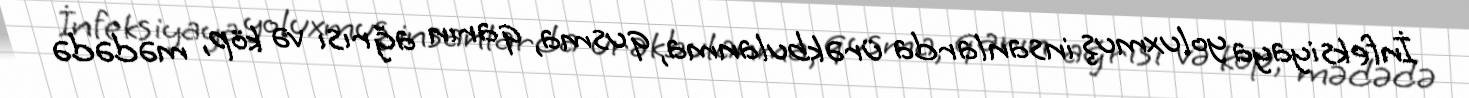
İnfeksiyaya yoluxmuş insanlarda ürəkbulanma, qusma, qarın ağrısı və köp, mədədə